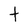
Character: t